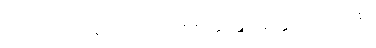
၉၀၇။ ကုမာရော ယုဝရာဇေ စ၊ ခန္ဒေ ဝုတ္တော သုသုမှိ စ။